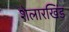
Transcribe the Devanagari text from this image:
शेलारखिंड